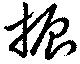
振